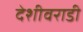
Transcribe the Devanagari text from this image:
देशीवराडी